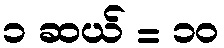
၁ ဆယ် = ၁၀